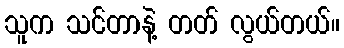
သူက သင်တာနဲ့ တတ် လွယ်တယ်။